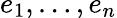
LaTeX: e_{1},\ldots,e_{n}